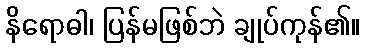
နိရောဓါ၊ ပြန်မဖြစ်ဘဲ ချုပ်ကုန်၏။